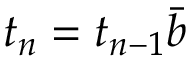
t _ { n } = t _ { n - 1 } \bar { b }